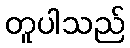
တူပါသည်